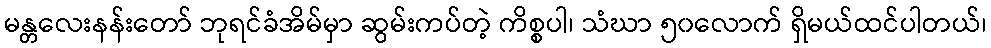
မန္တလေးနန်းတော် ဘုရင်ခံအိမ်မှာ ဆွမ်းကပ်တဲ့ ကိစ္စပါ၊ သံဃာ ၅၀လောက် ရှိမယ်ထင်ပါတယ်၊